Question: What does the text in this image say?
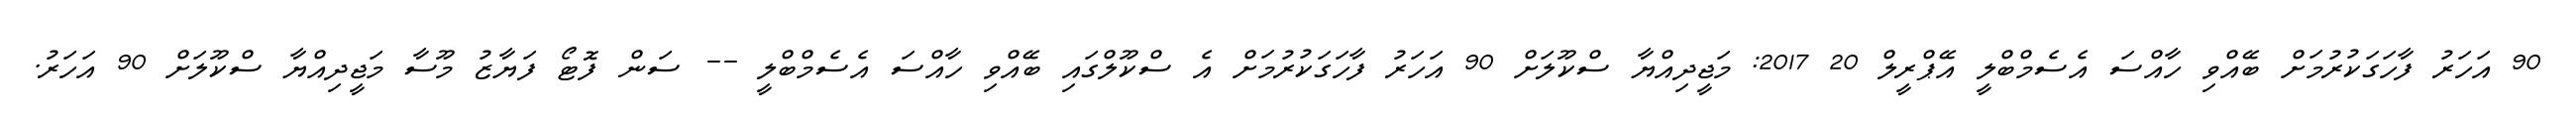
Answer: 90 އަހަރު ފާހަގަކުރުމަށް ބޭއްވި ހާއްސަ އެސެމްބްލީ އޭޕްރީލް 20 2017: މަޖީދިއްޔާ ސްކޫލަށް 90 އަހަރު ފާހަގަކުރުމަށް އެ ސްކޫލްގައި ބޭއްވި ހާއްސަ އެސެމްބްލީ -- ސަން ފޮޓޯ ފަޔާޒު މޫސާ މަޖީދިއްޔާ ސްކޫލަށް 90 އަހަރު.